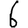
Digit: 6